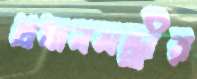
প্রধানমন্ত্র্রীর